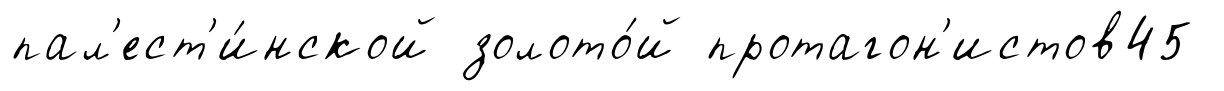
пал'ест'и́нской золото́й протагон'истов45